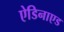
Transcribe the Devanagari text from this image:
ऐडिनाएड